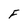
Character: F